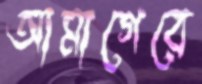
আমাগেরে